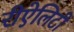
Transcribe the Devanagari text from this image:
रीऐलिटी